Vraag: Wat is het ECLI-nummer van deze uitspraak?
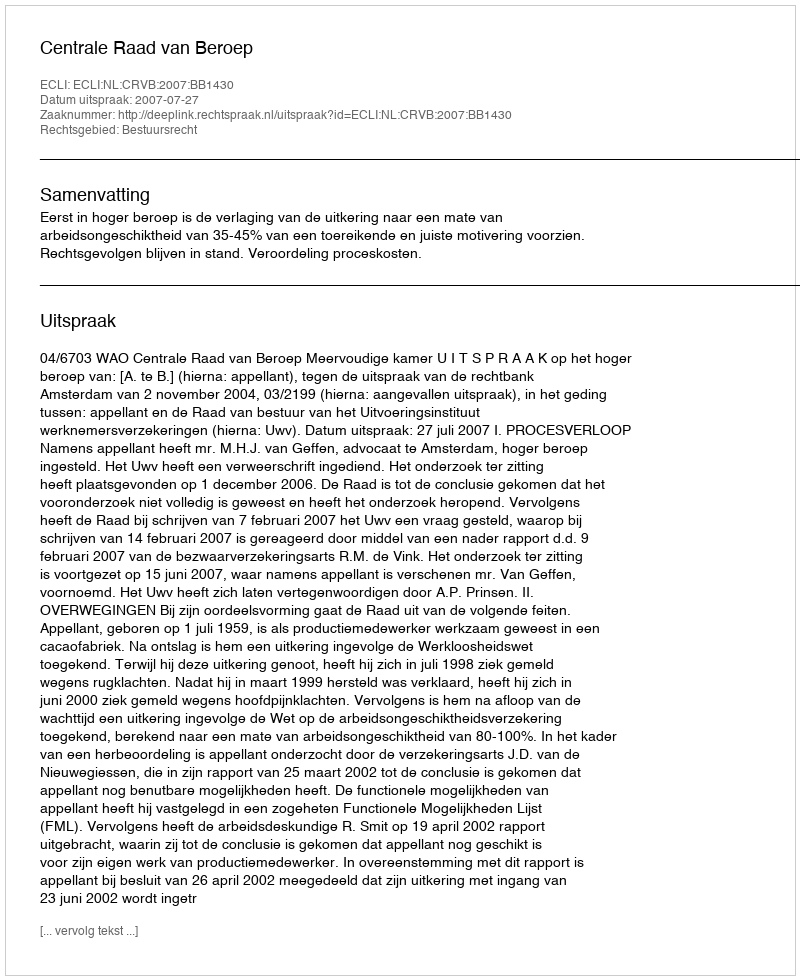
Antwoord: ECLI:NL:CRVB:2007:BB1430